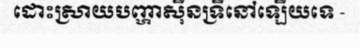
ដោះស្រាយបញ្ហាស៊ីនទ្រីនៅឡើយទេ -